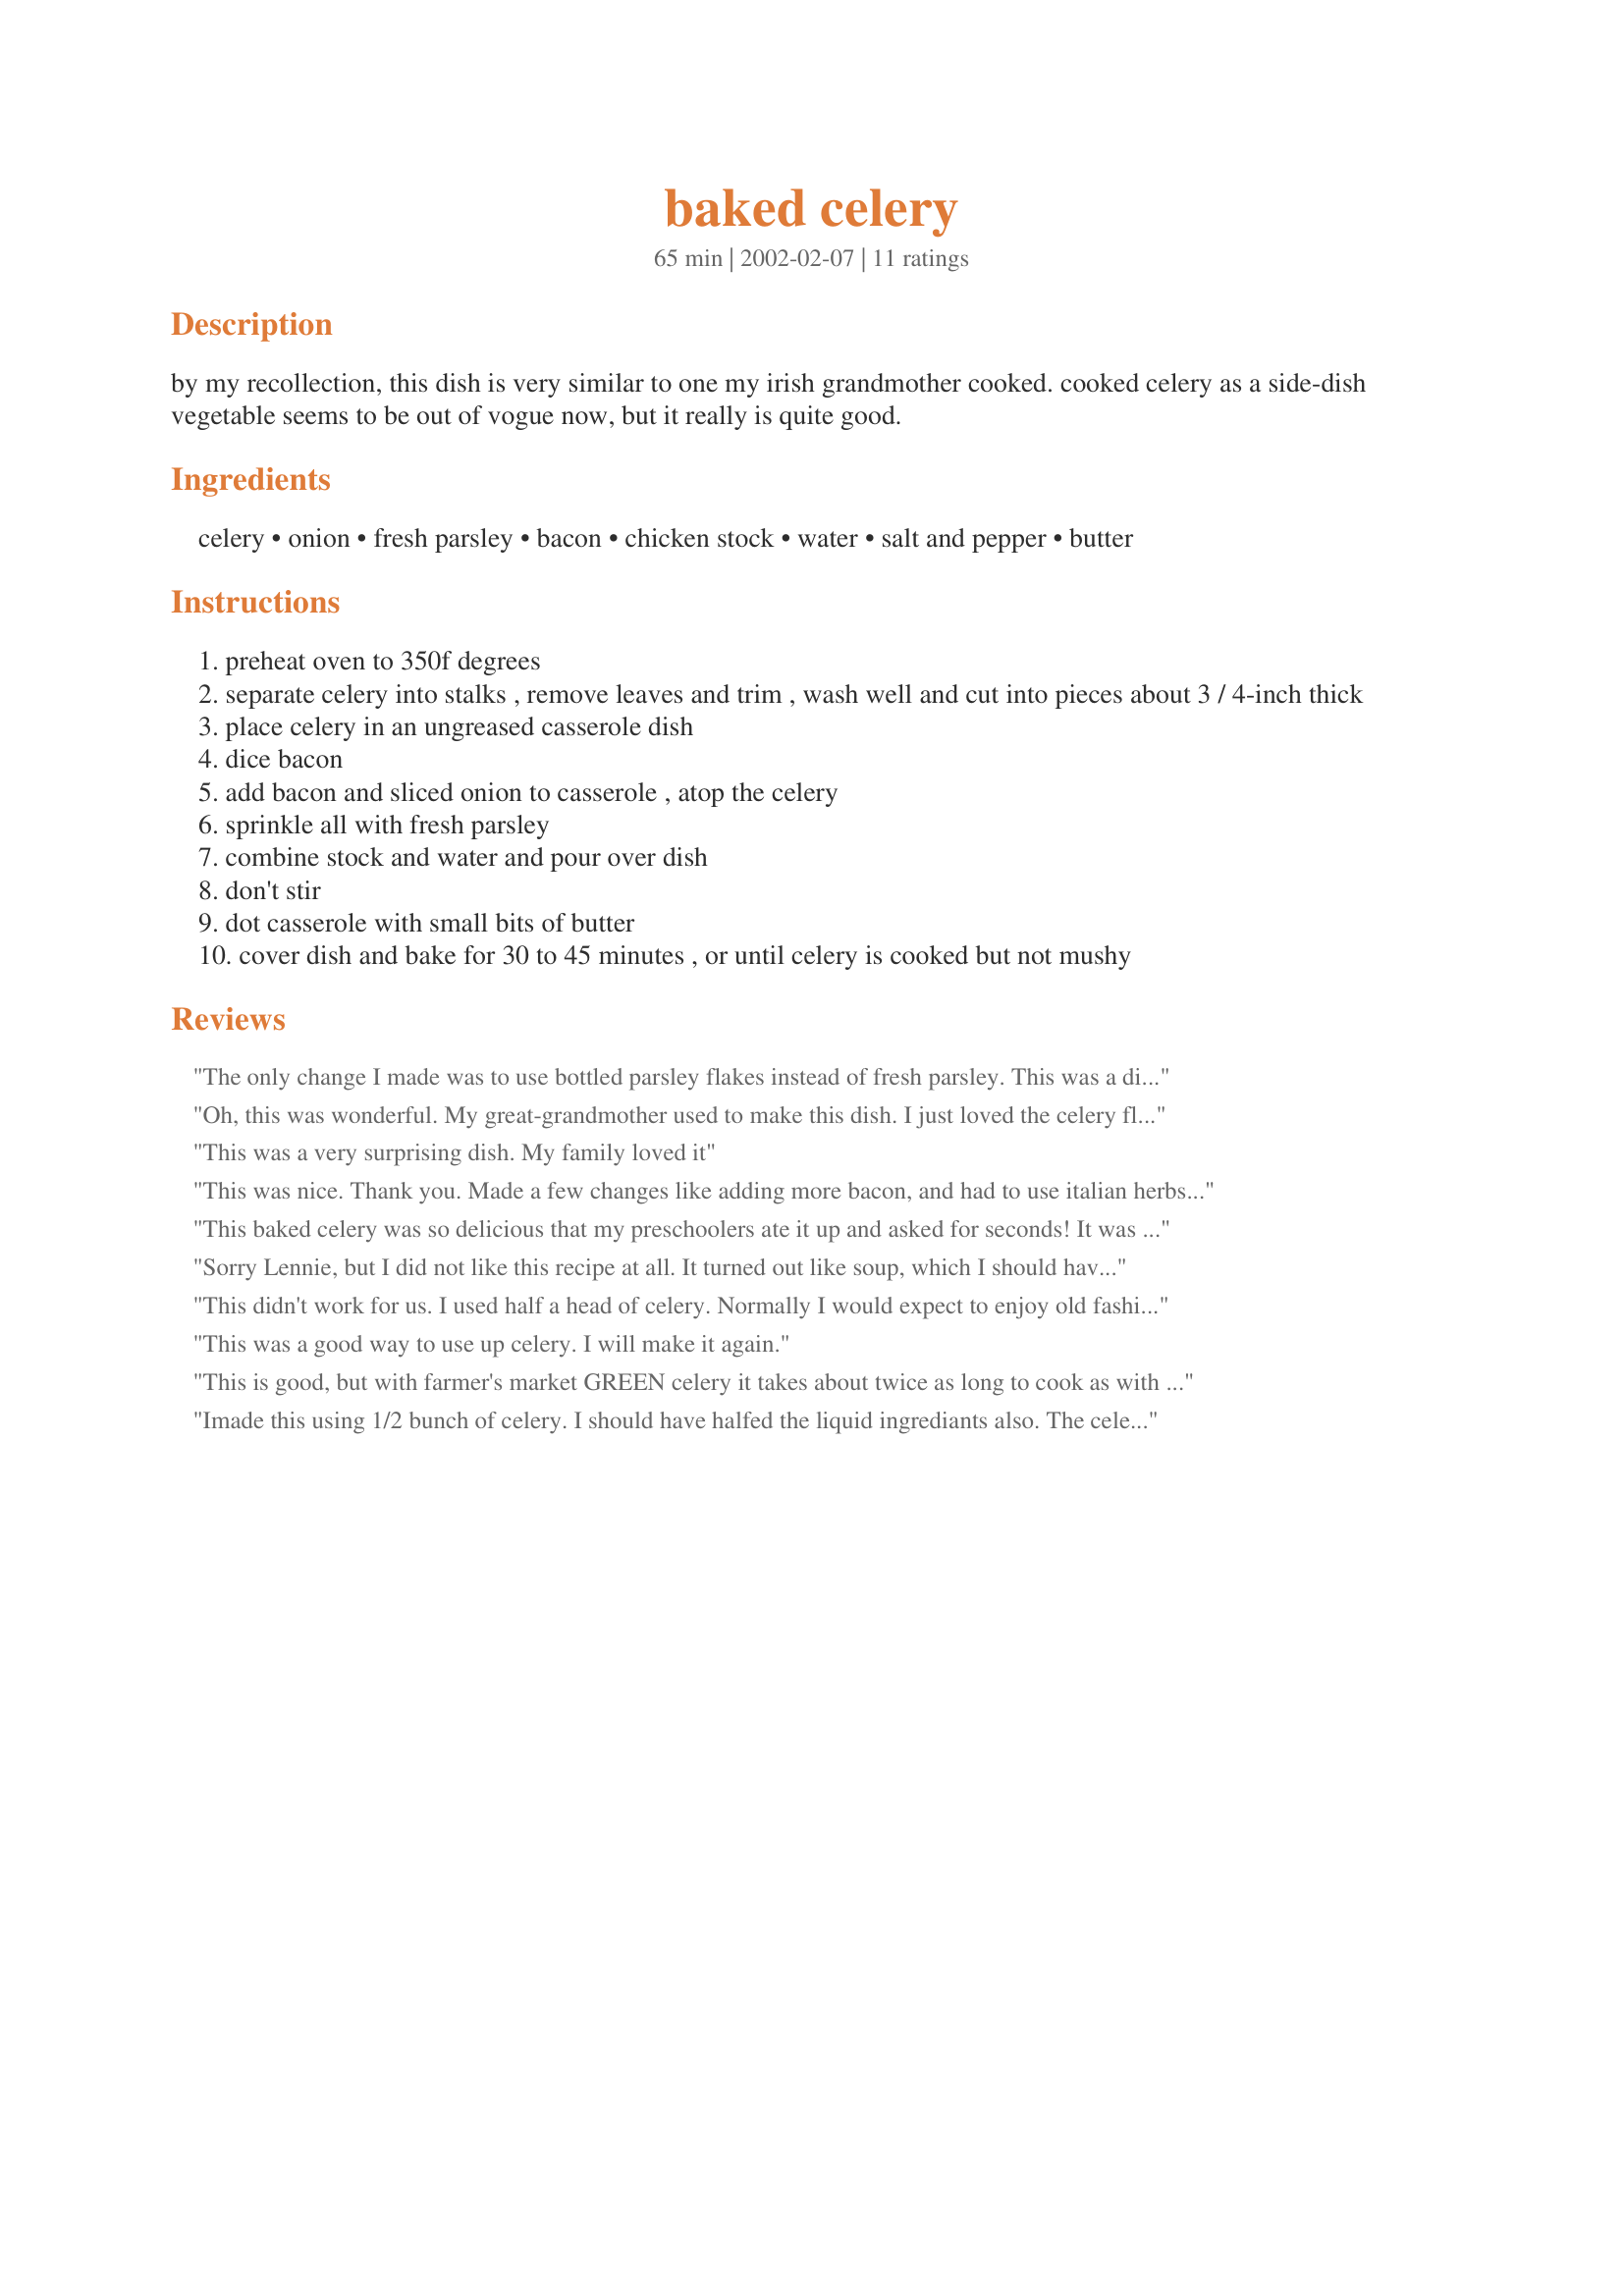
baked celery
Preparation time: 65 minutes

by my recollection, this dish is very similar to one my irish grandmother cooked. cooked celery as a side-dish vegetable seems to be out of vogue now, but it really is quite good.

Ingredients:
celery, onion, fresh parsley, bacon, chicken stock, water, salt and pepper, butter

Steps:
preheat oven to 350f degrees
separate celery into stalks , remove leaves and trim , wash well and cut into pieces about 3 / 4-inch thick
place celery in an ungreased casserole dish
dice bacon
add bacon and sliced onion to casserole , atop the celery
sprinkle all with fresh parsley
combine stock and water and pour over dish
don't stir
dot casserole with small bits of butter
cover dish and bake for 30 to 45 minutes , or until celery is cooked but not mushy

Reviews:
The only change I made was to use bottled parsley flakes instead of fresh parsley. This was a different side dish and a good way to use up some celery. I wasn't crazy about the appearance of the bacon after cooking. If I make it again, I think that I'll leave it out until serving and top the celery with cooked and crumbled bacon. Thank you for posting this recipe.
Oh, this was wonderful. My great-grandmother used to make this dish. I just loved the celery flavor baked. I followed this recipe exactly and it finished beautifly! Thanks Lennie.....I ate most of it myself.
This was a very surprising dish. My family loved it
This was nice. Thank you. Made a few changes like adding more bacon, and had to use italian herbs instead, which has parsley in there amongst others, as I didn't have any parsley on its own.
This baked celery was so delicious that my preschoolers ate it up and asked for seconds! It was very simple to make and this one is gong into my cookbook. Thanks for posting a great recipe!
Sorry Lennie, but I did not like this recipe at all. It turned out like soup, which I should have expected since celery is made up of water. Might be good with 1/4 of the liquids and some cheese?
This didn't work for us. I used half a head of celery. Normally I would expect to enjoy old fashioned Irish, but it didn't happen this time. Simon wouldn't even try it.
This was a good way to use up celery. I will make it again.
This is good, but with farmer's market GREEN celery it takes about twice as long to cook as with storebought, pale stuff ... more flavorful, too, though!
Imade this using 1/2 bunch of celery. I should have halfed the liquid ingrediants also. The celery was crispy tender and the onions added a nice flavor. I will make this again.
Did this baked celery with our pork chops tonight, very very good Lennie, cut the recipe in half for the two of us, turned out great! no changes required. Thanks for a good one Lennie, will use it again.
